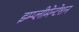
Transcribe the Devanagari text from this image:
इम्प्लीमेन्टेशन